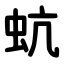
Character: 蚢